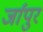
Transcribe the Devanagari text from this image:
र्जापुर